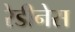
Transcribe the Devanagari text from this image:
रेडीनेस